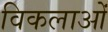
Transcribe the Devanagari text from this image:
विकलाओं